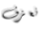
نعزف